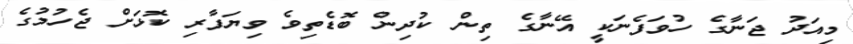
މިއަދު ޖަނާގެ ހުވަފެނަކީ އޭނާގެ ތިން ކުދިން ބޮޑެތިވެ ވިޔަފާރި ކޮޅަށް ޖެހުމުގެ